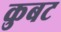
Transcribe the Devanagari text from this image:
कुबट